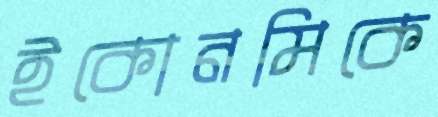
ইকোনমিকে